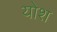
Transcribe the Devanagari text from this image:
योश